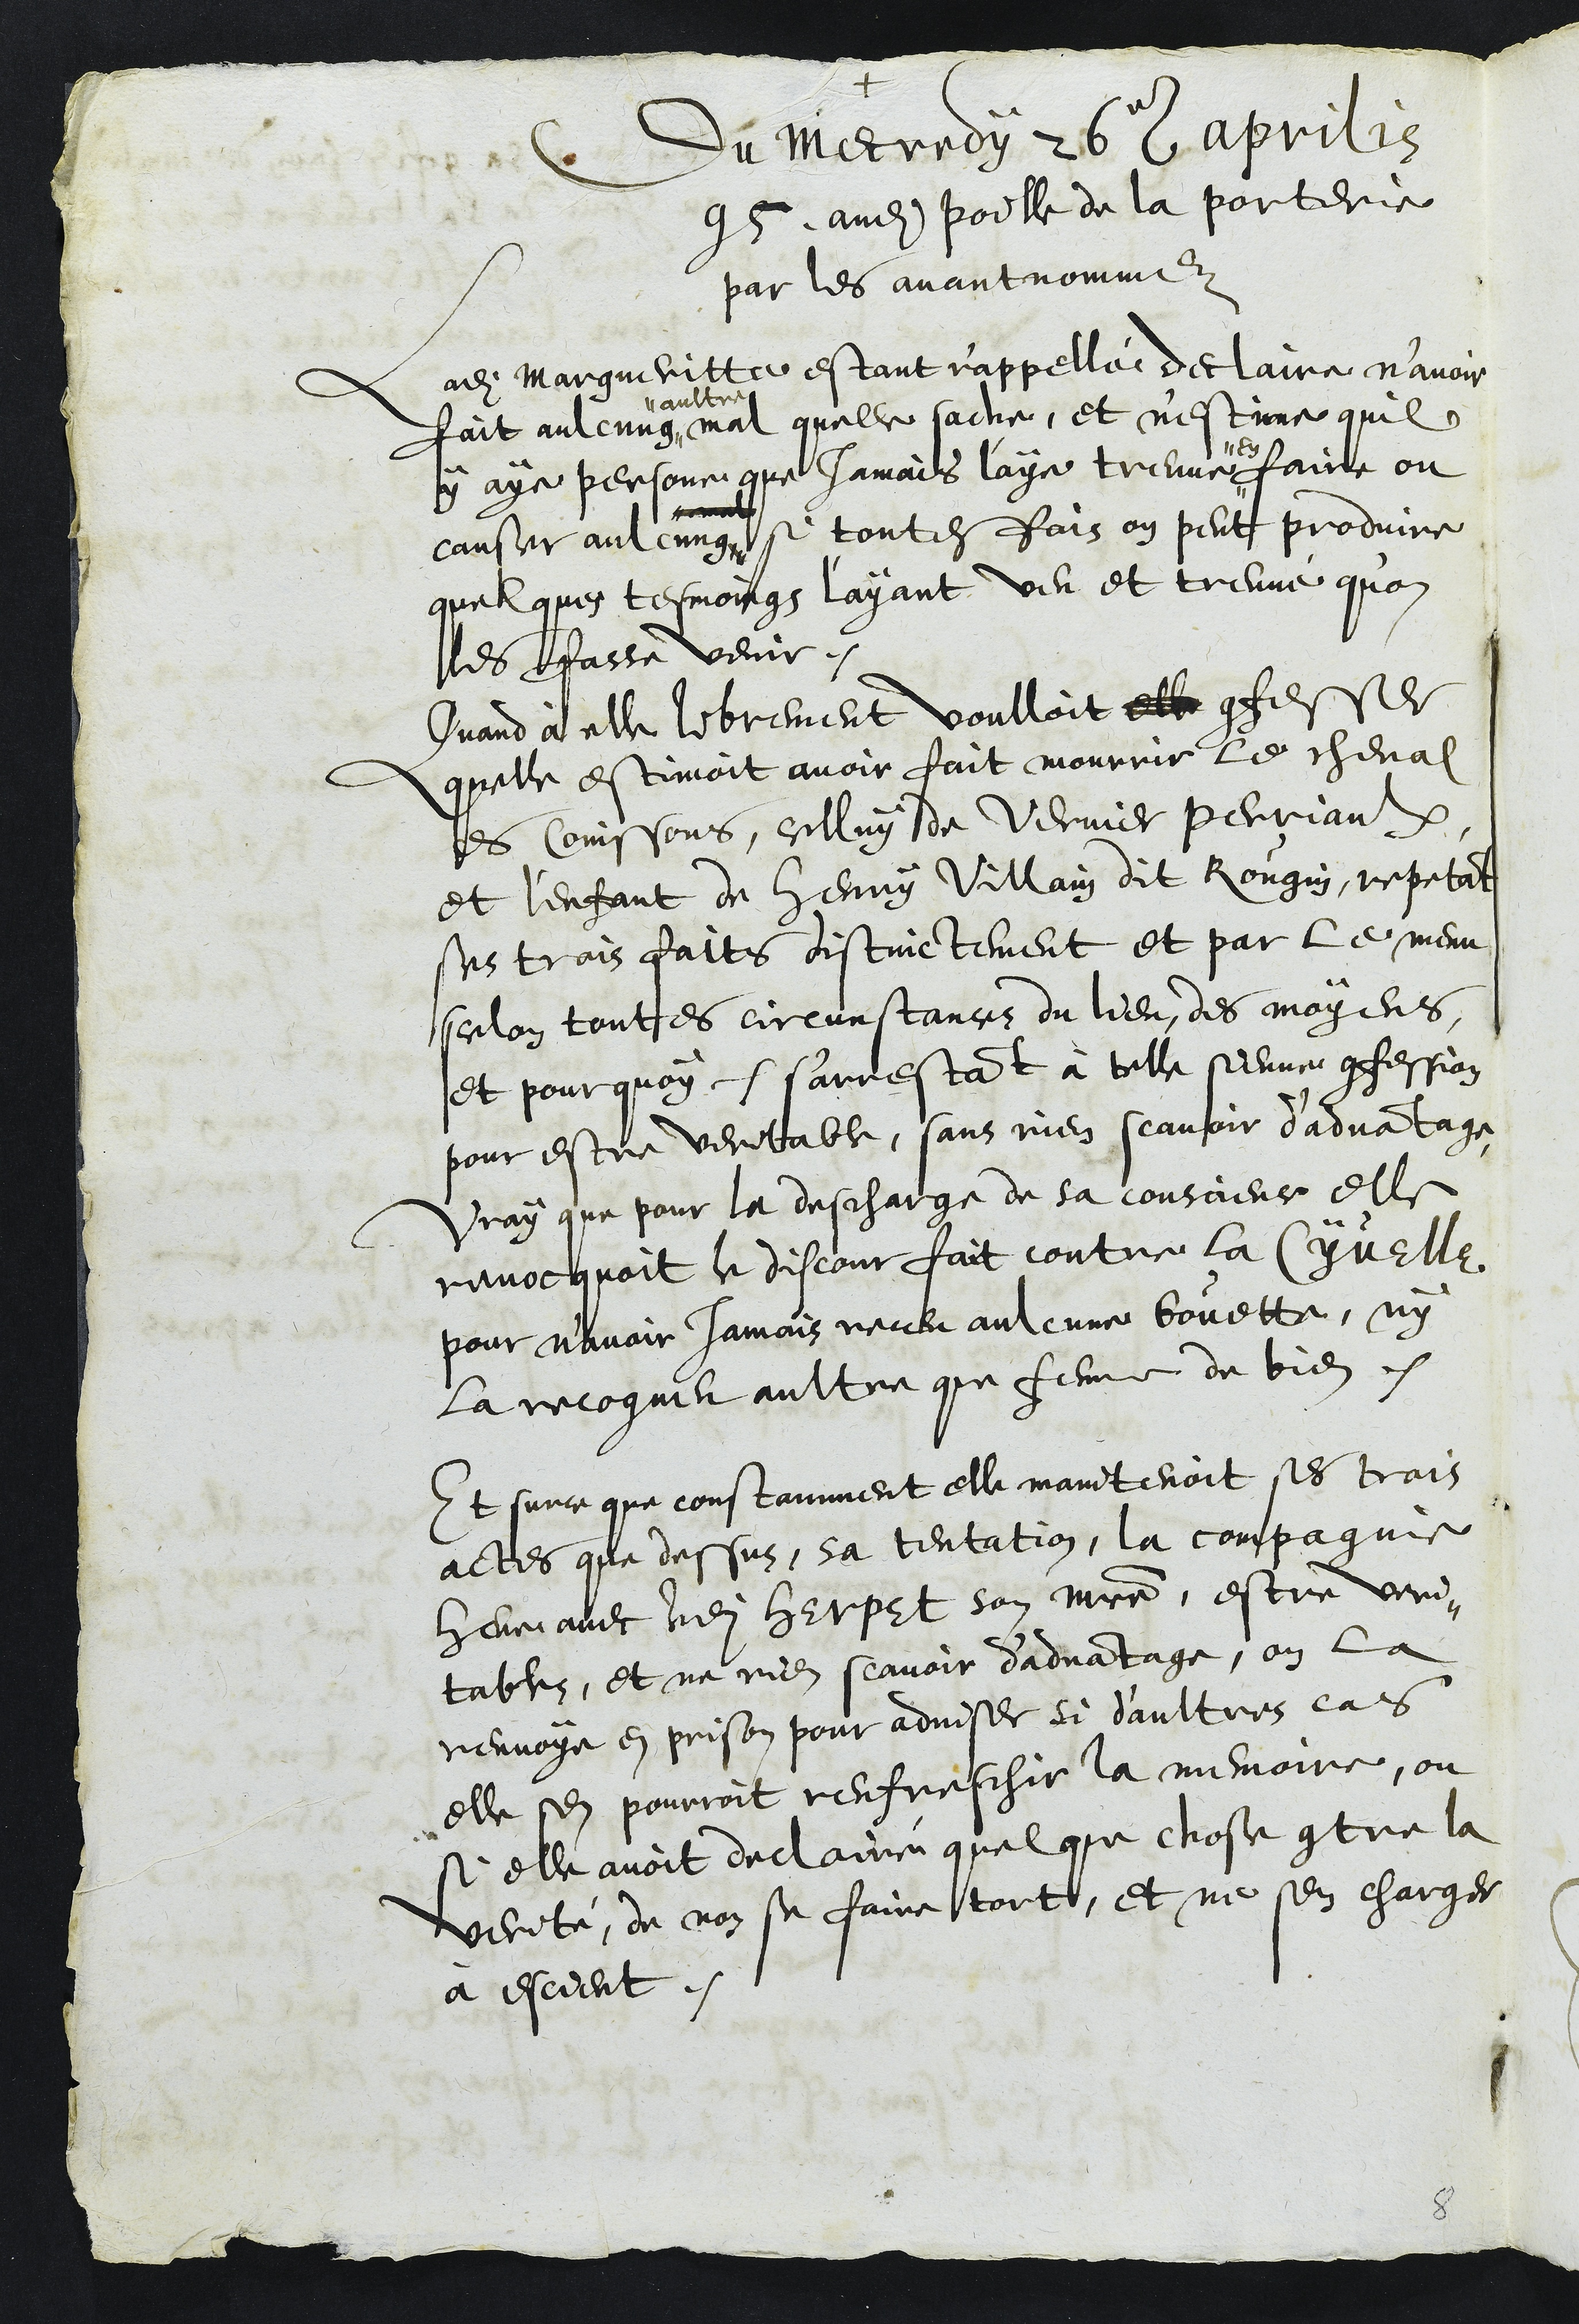
+
Du mecredy 26e aprilis
95 audit poille de la porterie
par les avant nommez
Ladite Margueritte estant r'appellé declaire n'avoir
fait aulcung ,,
,, aultre
mal quelle sache, et n'estime quil
y aye personne que jamais l'aye treuve
,, en
faire ou
causer aulcung
mal
si toutes fois on peut produire
quelques tesmoings l'ayant veu et treuvé qu'on
les fasse venir.
Quand à elle librement voulloit elle  confesser
quelle estimoit avoir fait mourrir le cheval
es Coinssons, celluy de Vernier Perriaulx
et l'enfant de Henry Villain dit Rougin, repetant
ses trois faits distinctement et par le menu
selon touttes circunstances du lieu, des moyens
et pourquoy. s'arrestant à telle sienne confession
pour estre veritable, sans rien scavoir d'advantage
Vray que pour la descharge de sa conscience elle
revocquoit le discour fait contre la Cyvelle
pour n'avoir jamais receu aulcune bouette, ny
la recogneu aultre que femme de bien.
Et surce que constamment elle maintenoit ses trois
actes que dessus, sa tentation, la compagnie
heue avec ledit Herpet son maitre, estre veri-
tables, et ne rien scavoir d'advantage, on la
renvoye en prison pour adviser si d'aultres cas
elle sen pourroit renfraschir la memoire, ou
si elle avoit declairé quelque chose contre la
verité, de non se faire tort, et ne sen charger
à escient.